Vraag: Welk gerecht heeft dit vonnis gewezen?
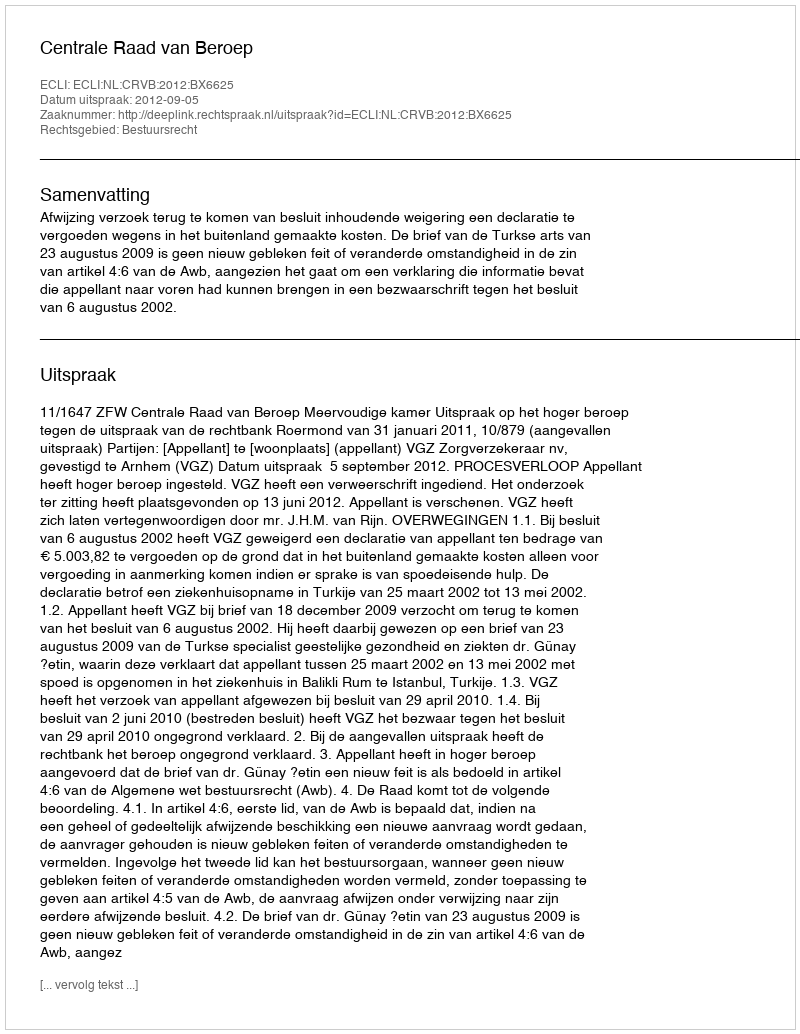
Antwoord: Centrale Raad van Beroep